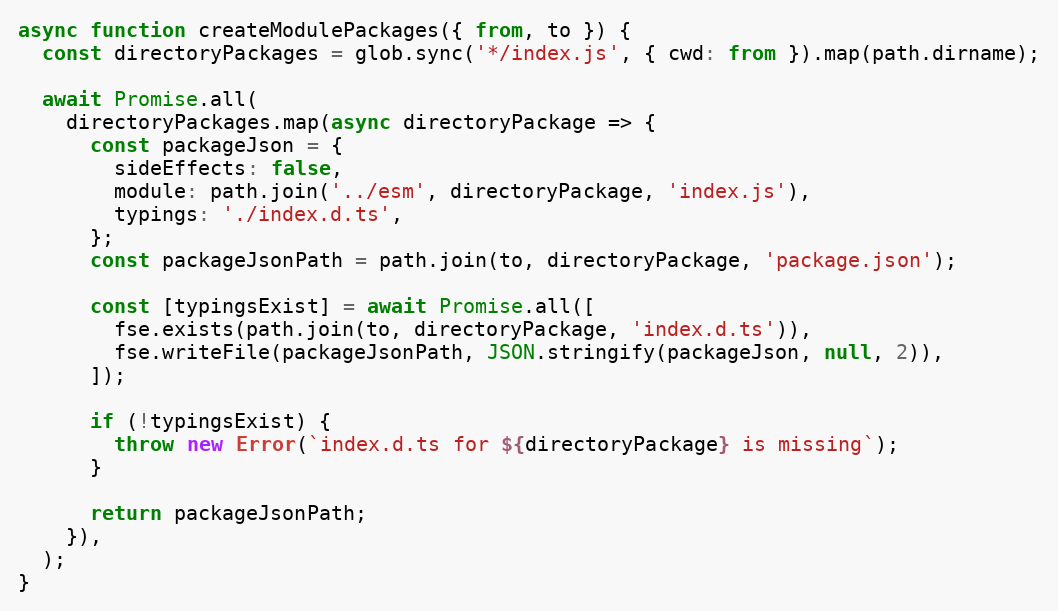
Language: JavaScript
async function createModulePackages({ from, to }) {
  const directoryPackages = glob.sync('*/index.js', { cwd: from }).map(path.dirname);

  await Promise.all(
    directoryPackages.map(async directoryPackage => {
      const packageJson = {
        sideEffects: false,
        module: path.join('../esm', directoryPackage, 'index.js'),
        typings: './index.d.ts',
      };
      const packageJsonPath = path.join(to, directoryPackage, 'package.json');

      const [typingsExist] = await Promise.all([
        fse.exists(path.join(to, directoryPackage, 'index.d.ts')),
        fse.writeFile(packageJsonPath, JSON.stringify(packageJson, null, 2)),
      ]);

      if (!typingsExist) {
        throw new Error(`index.d.ts for ${directoryPackage} is missing`);
      }

      return packageJsonPath;
    }),
  );
}